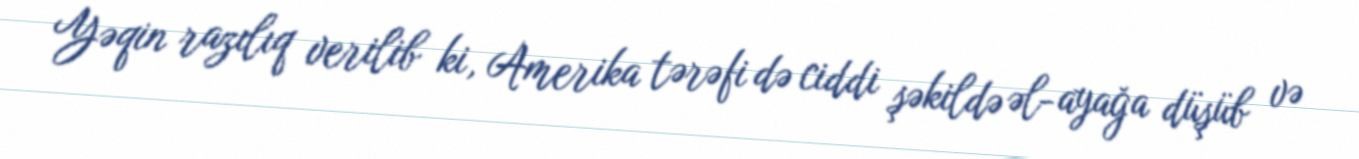
Yəqin razılıq verilib ki, Amerika tərəfi də ciddi şəkildə əl-ayağa düşüb və